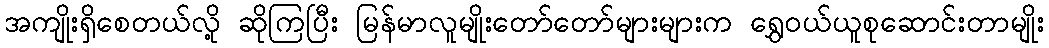
အကျိုးရှိစေတယ်လို့ ဆိုကြပြီး မြန်မာလူမျိုးတော်တော်များများက ရွှေဝယ်ယူစုဆောင်းတာမျိုး